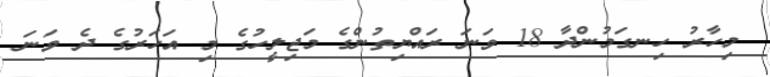
މިހާރު ހިނގަމުންދާ 18 ވަނަ ރައްޔިތުންގެ މަޖިލީހުގެ މި އަހަރުގެ ދެ ވަނަ